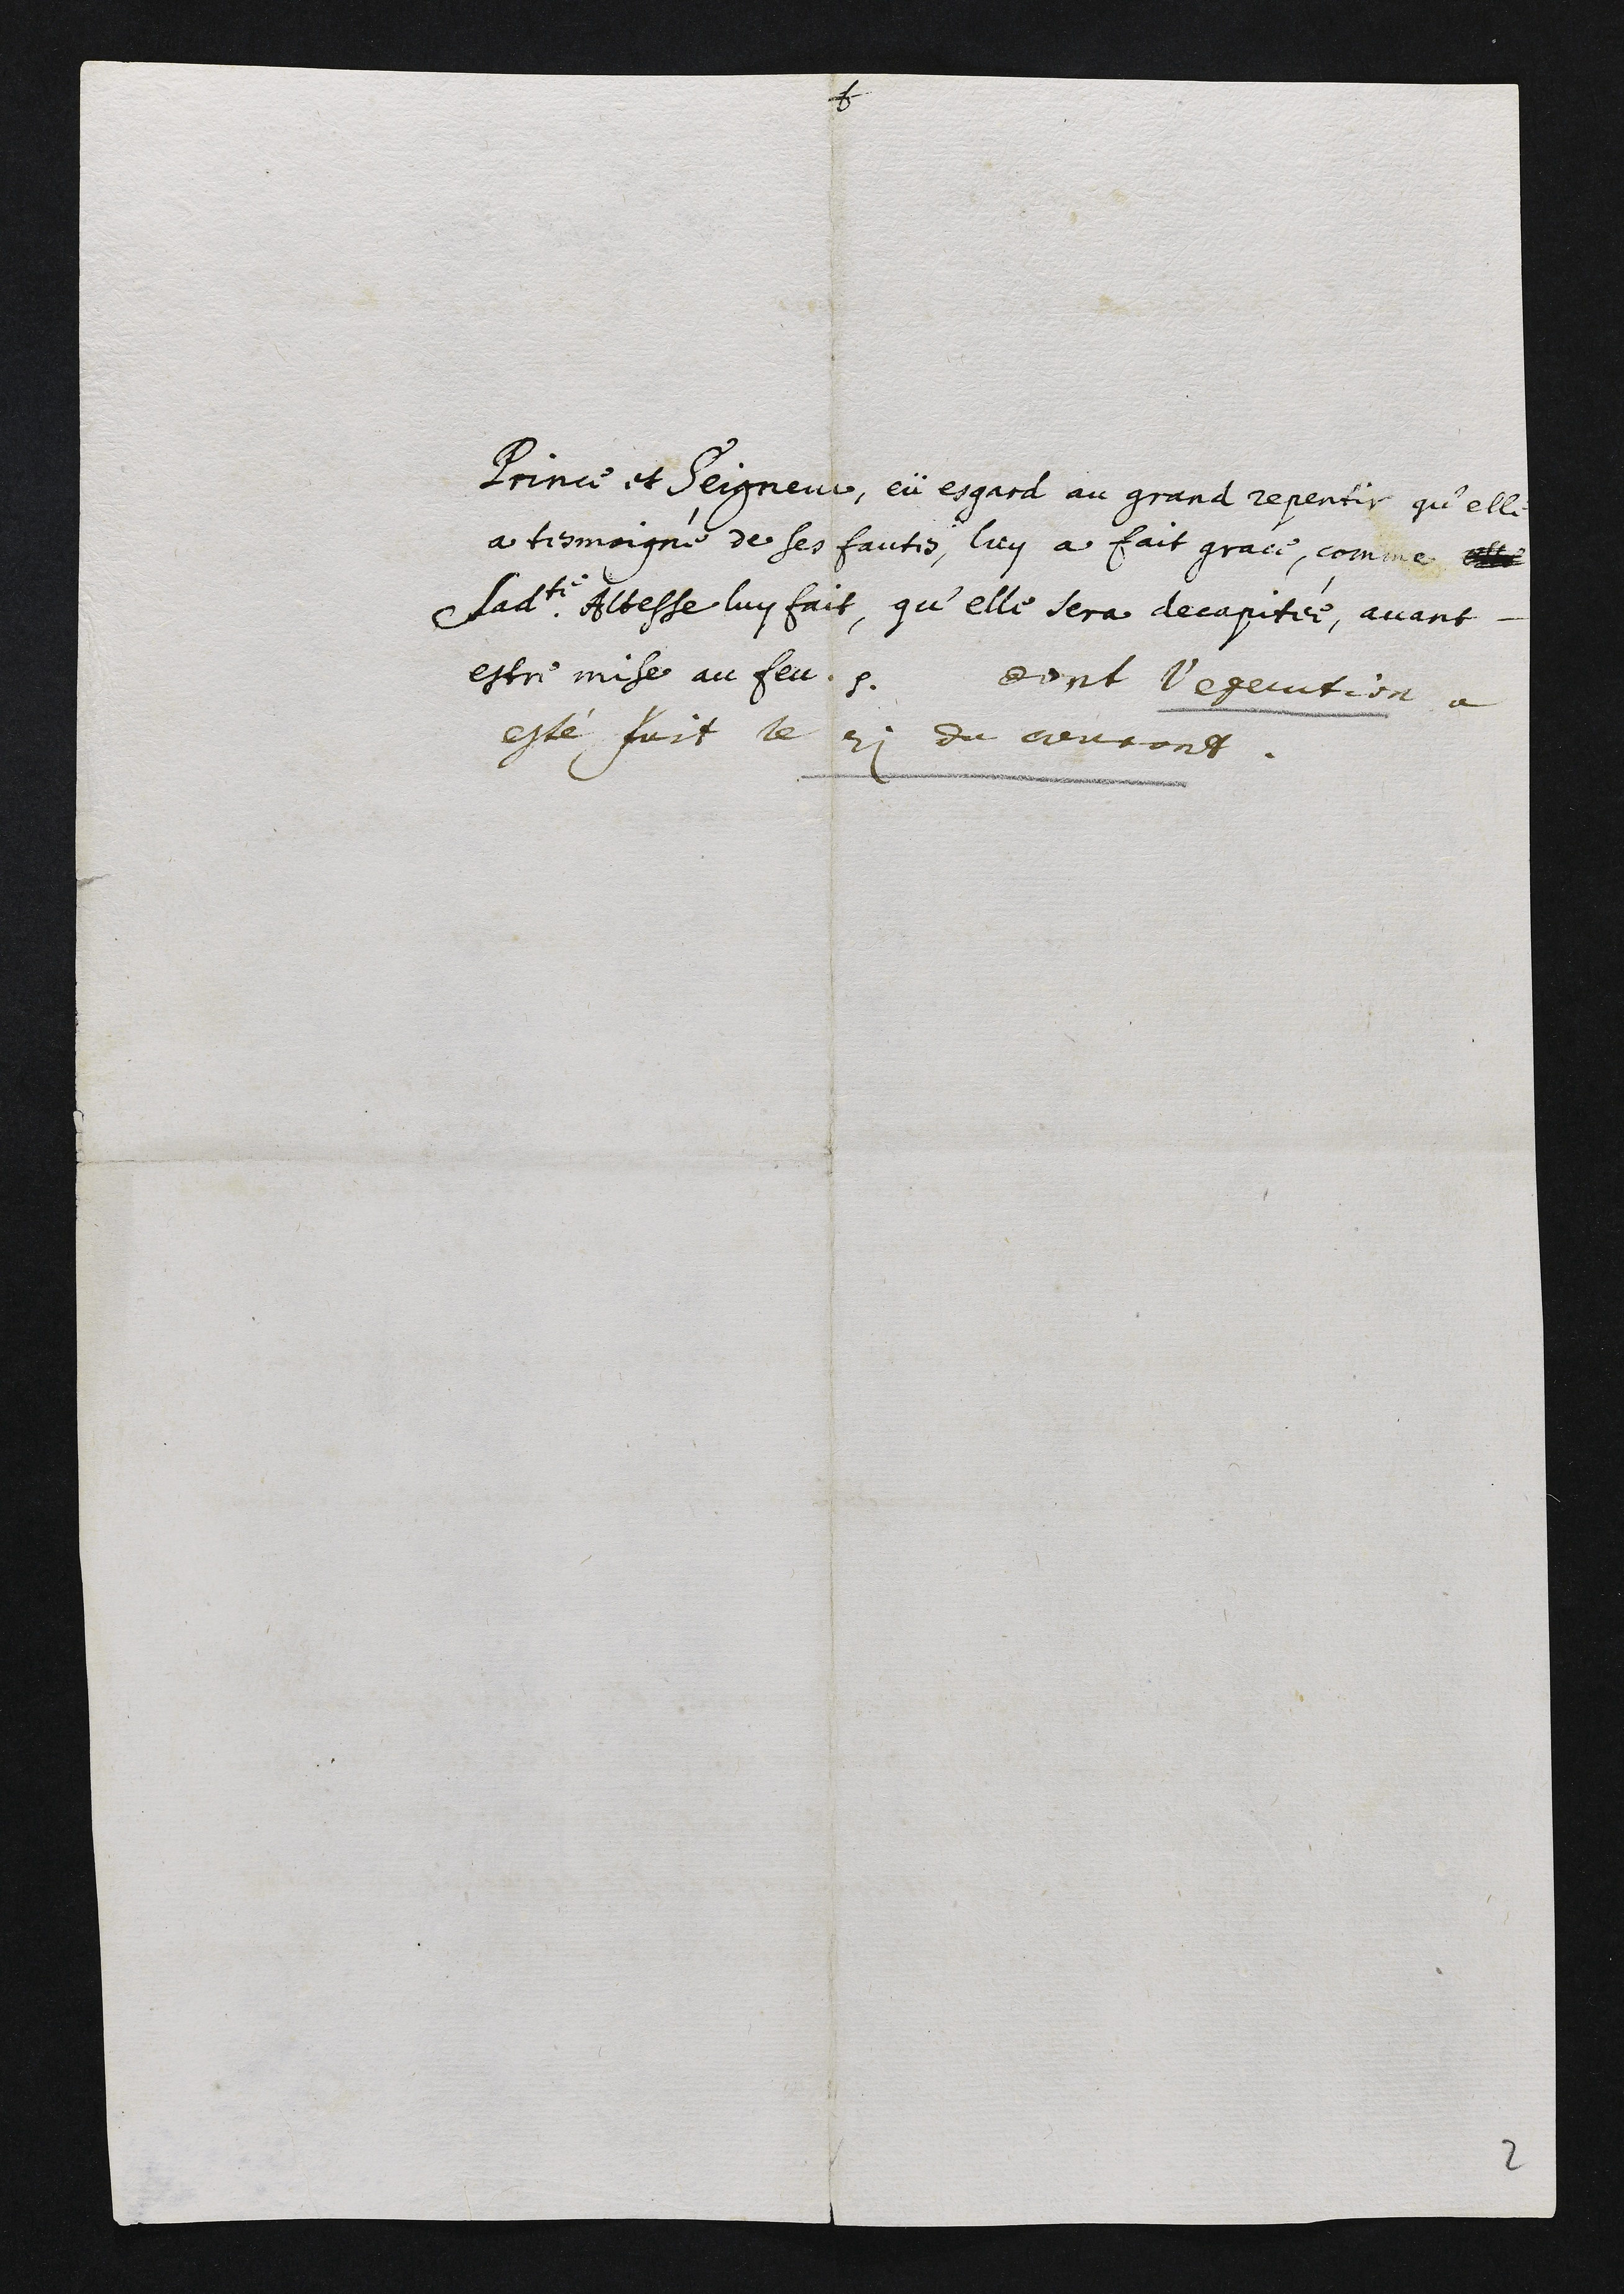
Prince et Seigneur, eü esgard au grand repentir qu’elle
a tesmoigné de ses fautes, luy a fait grace, comme Atl
e ladite Bibesse luy fait, qu’elle sera decapitée, avant.
estre mise au feu. dant l’execution a
esté puit le 2i du creucong.